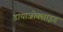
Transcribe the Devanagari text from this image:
डायाजोक्साइड